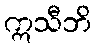
ဣသီဘိ